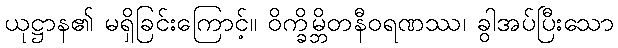
ယုဋ္ဌာန၏ မရှိခြင်းကြောင့်။ ဝိက္ခိမ္ဘိတနီဝရဏဿ၊ ခွါအပ်ပြီးသော